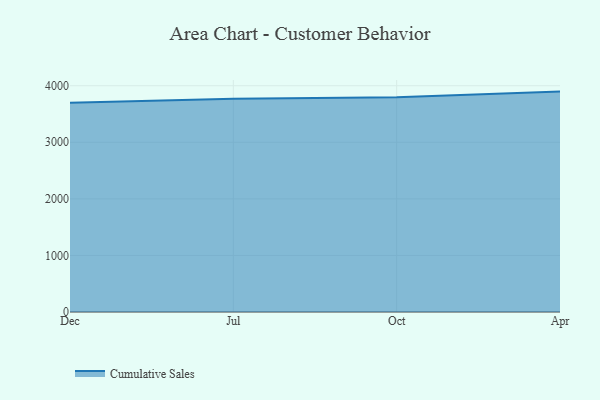
{"axis": {"x": "Month", "y": "Tickets Resolved"}, "legend": ["Cumulative Sales"], "data": [{"x": "Dec", "y": 3700.0, "type": "Cumulative Sales"}, {"x": "Jul", "y": 3768.8, "type": "Cumulative Sales"}, {"x": "Oct", "y": 3795.5, "type": "Cumulative Sales"}, {"x": "Apr", "y": 3895.9, "type": "Cumulative Sales"}]}